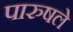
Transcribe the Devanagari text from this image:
पारुषले